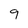
Character: 9